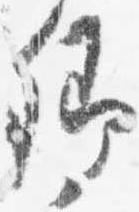
卿